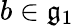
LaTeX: b\in{\mathfrak{g}}_{1}